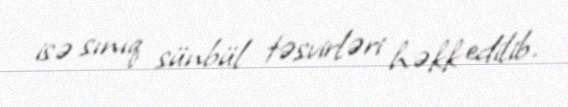
isə sınıq sünbül təsvirləri həkk edilib.